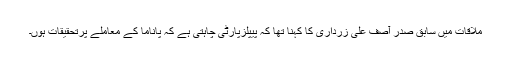
ملاقات میں سابق صدر آصف علی زرداری کا کہنا تھا کہ پیپلزپارٹی چاہتی ہے کہ پاناما کے معاملے پرتحقیقات ہوں۔